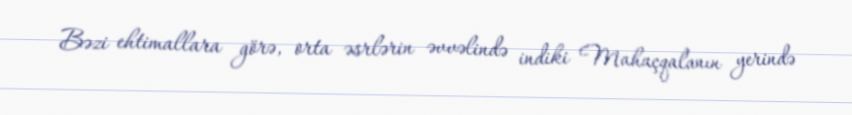
Bəzi ehtimallara görə, orta əsrlərin əvvəlində indiki Mahaçqalanın yerində